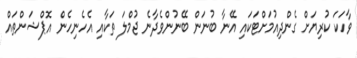
ވާހަކަ ކުރިޔަށް ގެންދިއުމަށްޓަކައި އޭނާ ބުނަން ބޭނުންވެދާނެ ޖުމްލަ ތަކާއި އެހެނިހެން އޮޕްޝަންތައް